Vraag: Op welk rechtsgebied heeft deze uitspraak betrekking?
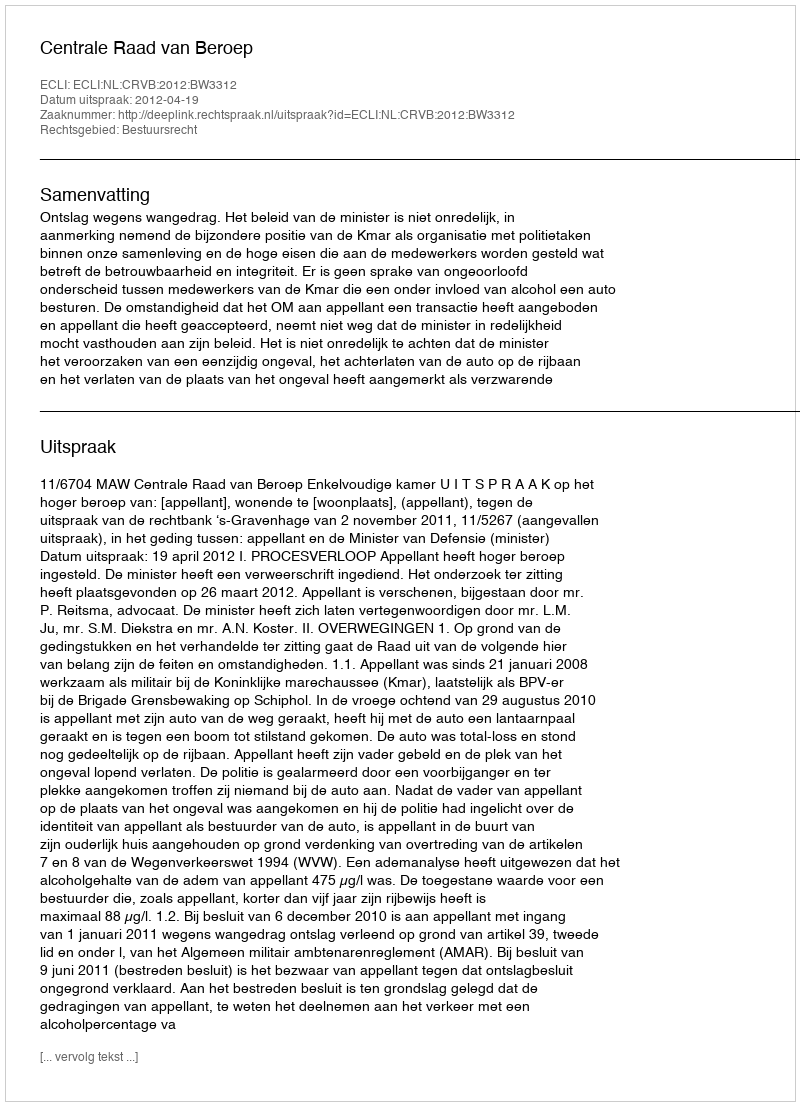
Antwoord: Bestuursrecht